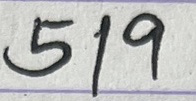
519